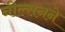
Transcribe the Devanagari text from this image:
नील्सनने